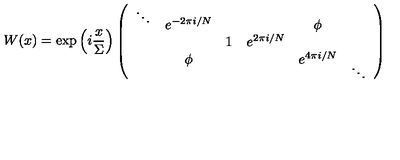
W ( x ) = \exp \left( i \frac { x } { \Sigma } \right) \left( \begin{array} { c c c c c c } { \mathrm { } ^ { \ddots } } & { e ^ { - 2 \pi i / N } } & { } & { } & { \phi } \\ { } & { } & { 1 } & { e ^ { 2 \pi i / N } } & { } & { } \\ { } & { \phi } & { } & { } & { e ^ { 4 \pi i / N } } & { \mathrm { } _ { \ddots } } \\ \end{array} \right)